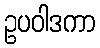
ဥပဝါဒကာ